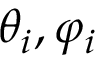
\theta _ { i } , \varphi _ { i }